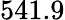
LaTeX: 541.9